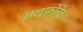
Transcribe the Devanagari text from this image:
सल्फोनेट